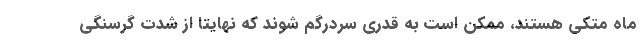
ماه متکی هستند، ممکن است به قدری سردرگم شوند که نهایتاً از شدت گرسنگی